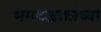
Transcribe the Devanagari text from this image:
भगवद्भक्तांच्या